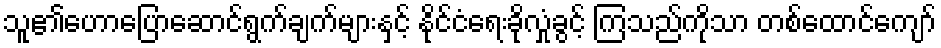
သူ၏ဟောပြောဆောင်ရွက်ချက်များနှင့် နိုင်ငံရေးခိုလှုံခွင့် ကြသည်ကိုသာ တစ်ထောင်ကျော်